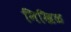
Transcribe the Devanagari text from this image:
निखिळ